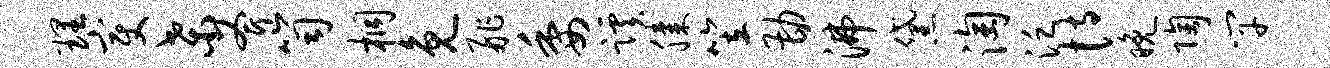
理变桑斧笥桐免舴委蹊膝笠勘沸黛淘泛恃晚陶竿